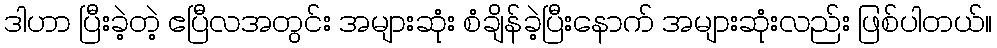
ဒါဟာ ပြီးခဲ့တဲ့ ဧပြီလအတွင်း အများဆုံး စံချိန်ခဲ့ပြီးနောက် အများဆုံးလည်း ဖြစ်ပါတယ်။